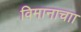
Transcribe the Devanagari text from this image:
विमानाचाा